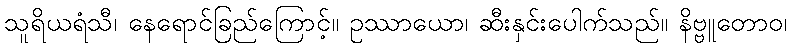
သူရိယရံသီ၊ နေရောင်ခြည်ကြောင့်။ ဥဿာယော၊ ဆီးနှင်းပေါက်သည်။ နိဗ္ဗူတောဝ၊